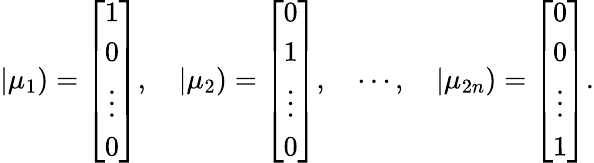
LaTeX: |\mu_{1})=\left[\begin{array}{c}{1}\\ {0}\\ {\vdots}\\ {0}\end{array}\right],\quad|\mu_{2})=\left[\begin{array}{c}{0}\\ {1}\\ {\vdots}\\ {0}\end{array}\right],\quad\cdots,\quad|\mu_{2n})=\left[\begin{array}{c}{0}\\ {0}\\ {\vdots}\\ {1}\end{array}\right].